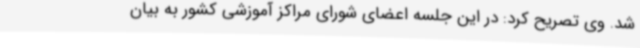
شد. وی تصریح کرد: در این جلسه اعضای شورای مراکز آموزشی کشور به بیان